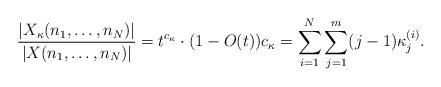
LaTeX: \begin{align*}\frac{|X_{\kappa}(n_1,\hdots,n_N)|}{|X(n_1,\hdots,n_N)|}=t^{c_{\kappa}}\cdot (1-O(t))c_{\kappa}=\sum_{i=1}^N\sum_{j=1}^m(j-1)\kappa^{(i)}_j.\end{align*}